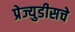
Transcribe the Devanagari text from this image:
प्रेज्युडीसचे